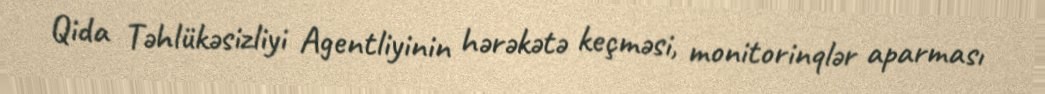
Qida Təhlükəsizliyi Agentliyinin hərəkətə keçməsi, monitorinqlər aparması